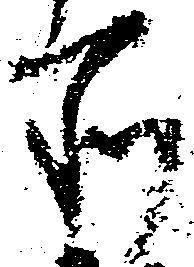
所